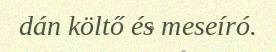
dán költő és meseíró.